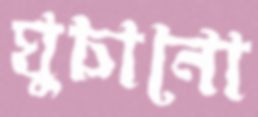
ঘুচানো